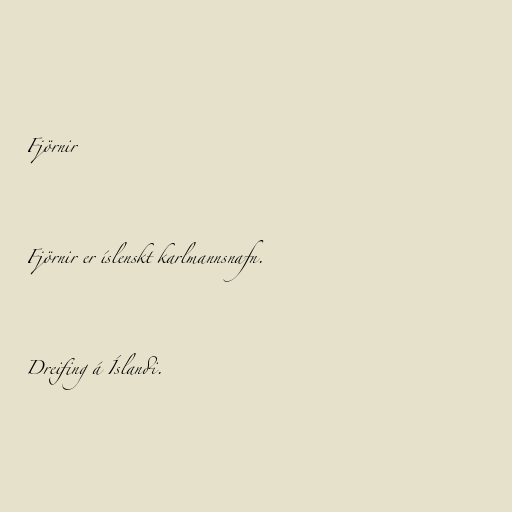
Fjörnir

Fjörnir er íslenskt karlmannsnafn.

Dreifing á Íslandi.